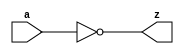
/* Copyright (C) 2014 Hadi Esmaeilzadeh */

module  Inverter(a, z);
	input a;
	output z;
	
	assign z = ~a;
endmodule